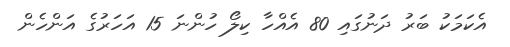
އެކަމަކު ބަރު ދަނުގައި 80 އެއްހާ ކިލޯ ހުންނަ 15 އަހަރުގެ އަންހެން